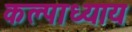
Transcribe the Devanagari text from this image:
कल्पाध्याय